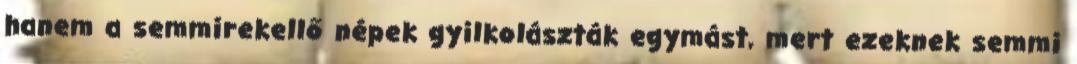
hanem a semmirekellő népek gyilkolászták egymást, mert ezeknek semmi